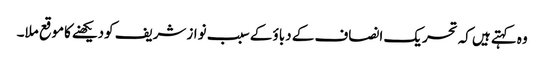
وہ کہتےہیں کہ تحریک انصاف کے دباؤ کے سبب نوازشریف کودیکھنےکاموقع ملا۔